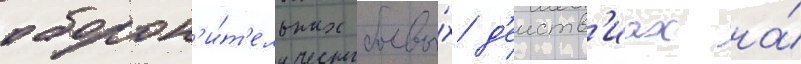
оборон'и́т'ельных боевы́х д'еиств'иах на́